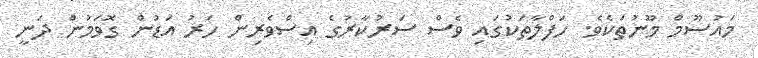
މައުސޫމް މޫނުތަކެވެ. ހަފްލާތަކުގައި ވެސް ސަރުކާރުގެ އިސްވެރިން ހަރު އަޑުން ގޮވަމުން ދަނީ